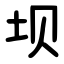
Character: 坝